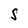
Character: S